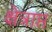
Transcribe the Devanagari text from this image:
क्षेत्राप्त